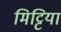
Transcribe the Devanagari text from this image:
मिट्टिया